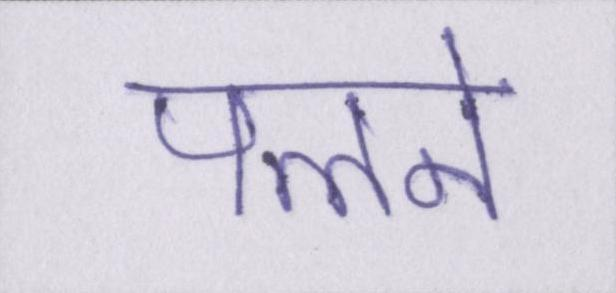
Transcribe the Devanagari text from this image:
पलने